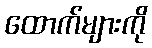
ထောက်များကို